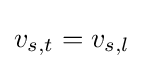
v_{s,t}=v_{s,l}